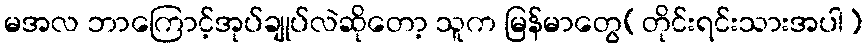
မအလ ဘာကြောင့်အုပ်ချုပ်လဲဆိုတော့ သူက မြန်မာတွေ(တိုင်းရင်းသားအပါ)